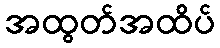
အထွတ်အထိပ်